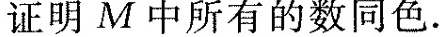
证明M中所有的数同色。